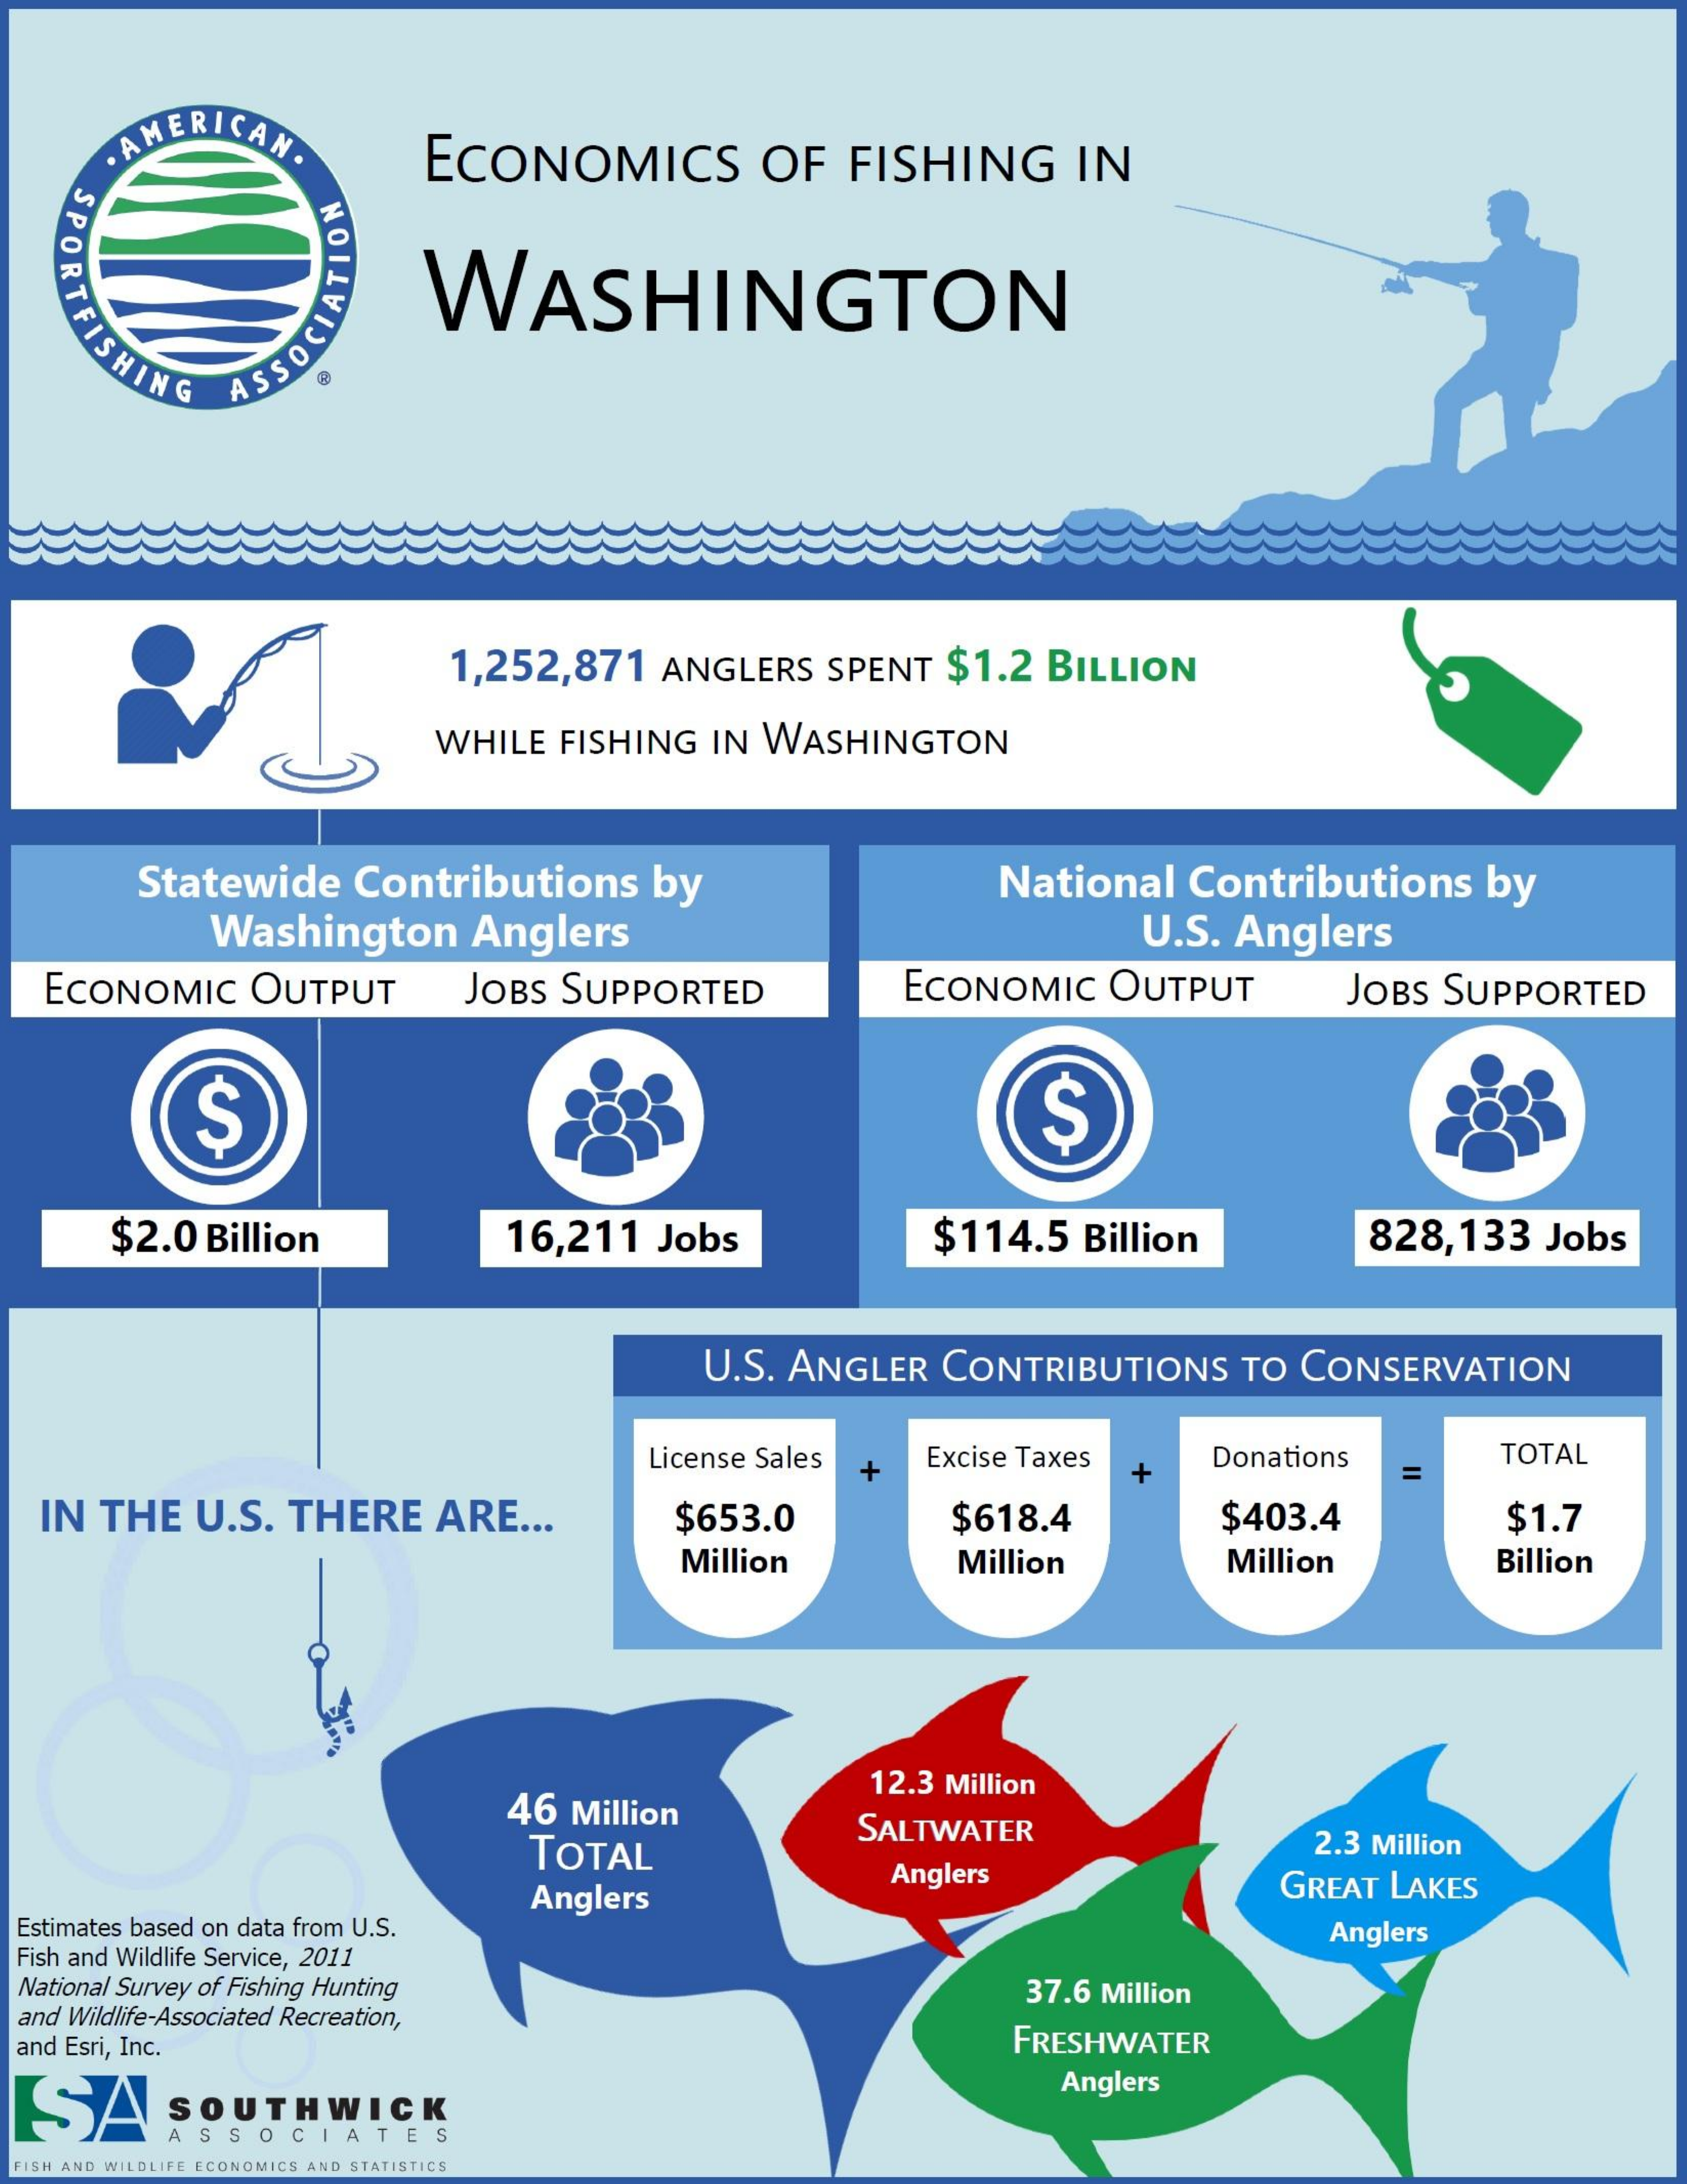
. AMERICANO ECONOMICS OF FISHING IN
     WASHINGTON
   FISHING ASSOCIAT
     1,252,871 ANGLERS SPENT $1.2 BILLION
     WHILE FISHING IN WASHINGTON
     Statewide Contributions by   National Contributions by
     Washington Anglers    U.S. Anglers
  ECONOMIC OUTPUT JOBS SUPPORTED ECONOMIC OUTPUT JOBS SUPPORTED
     S    S
    $2.0 Billion 16,211 Jobs    $114.5 Billion 828,133 Jobs
     U.S. ANGLER CONTRIBUTIONS TO CONSERVATION
     License Sales + Excise Taxes +
     Donations TOTAL
     =
  IN THE U.S. THERE ARE ... $653.0 $618.4 $403.4   $1.7
     Million   Million  Million  Billion
     46 Million
     12.3 Million
     TOTAL
     SALTWATER    2.3 Million
     Anglers
     Anglers    GREAT LAKES
  Estimates based on data from U.S.
  Fish and Wildlife Service, 2011
     Anglers
  National Survey of Fishing Hunting
  and Wildlife-Associated Recreation,
     37.6 Million
  and Esri, Inc.    FRESHWATER
  SA  SOUTHWICK
     Anglers
     ASSOCIATES
  FISH AND WILDLIFE ECONOMICS AND STATISTICS